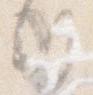
候